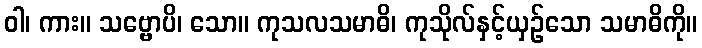
ဝါ၊ ကား။ သဗ္ဗောပိ၊ သော။ ကုသလသမာဓိ၊ ကုသိုလ်နှင့်ယှဉ်သော သမာဓိကို။